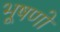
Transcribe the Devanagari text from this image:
भूषणो